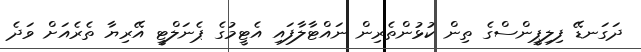
ދަގަނޑޭ ފިލިޕީންސްގެ ތިން ކުޅުންތެރިން ނައްޓާލާފައި އެޓީމުގެ ޕެނަލްޓީ އޭރިޔާ ތެރެއަށް ވަދެ